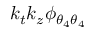
k _ { t } k _ { z } \phi _ { { \theta _ { 4 } } { \theta _ { 4 } } }